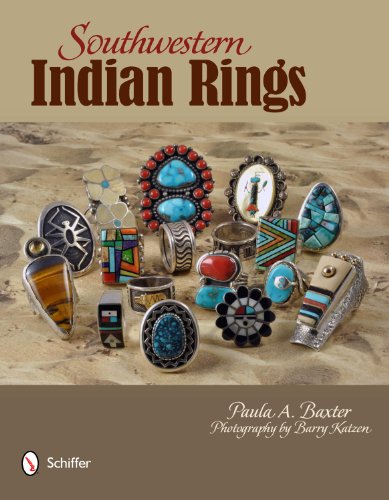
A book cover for Southwestern Indian Rings; Paula A. Baxter; Crafts, Hobbies & Home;